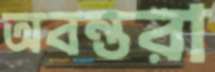
অবন্তরা